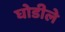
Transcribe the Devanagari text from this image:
घोडीले